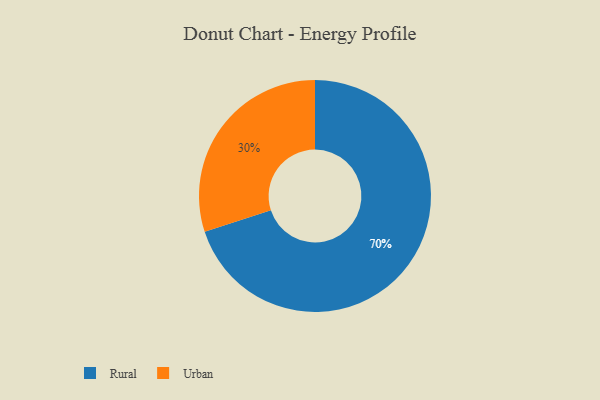
{"axis": {"x": "Category", "y": "Percentage"}, "legend": ["Rural", "Urban"], "data": [{"x": "Urban", "y": 30, "type": "Urban"}, {"x": "Rural", "y": 70, "type": "Rural"}]}